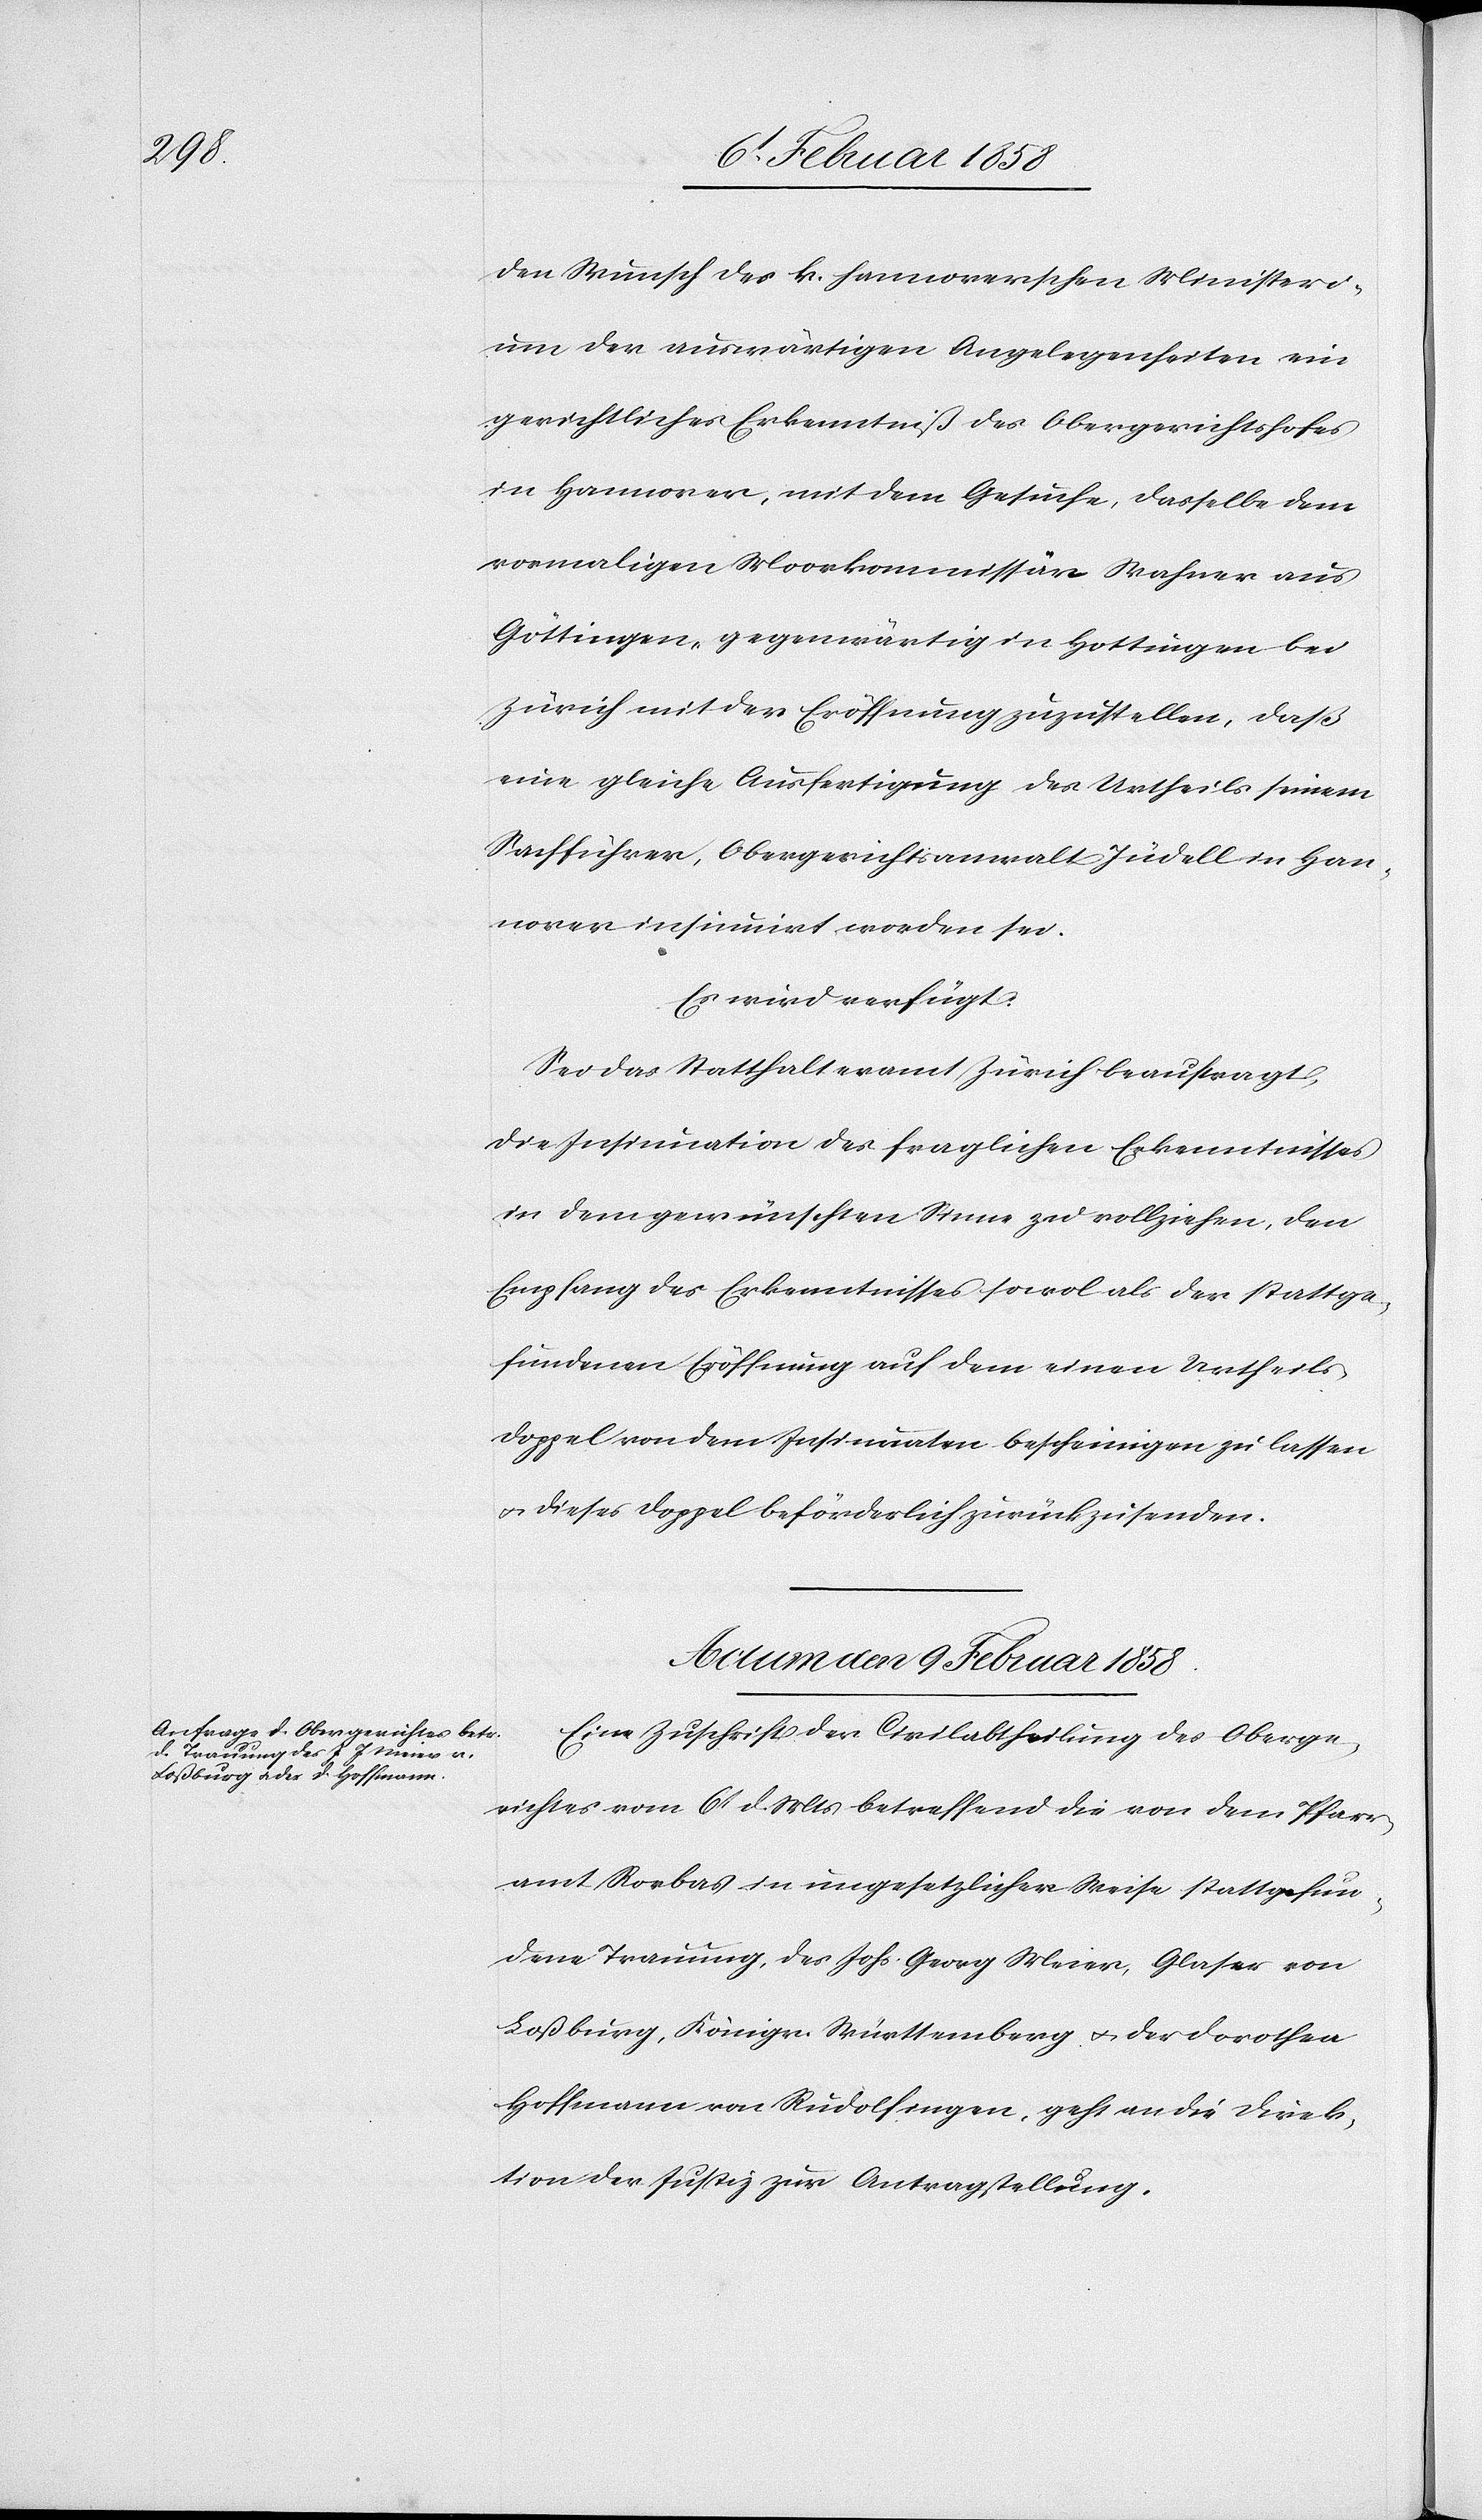
den Wunsch des k. hannoverschen Ministeri¬
um der auswärtigen Angelegenheiten ein
gerichtliches Erkenntniß des Obergerichtshofes
in Hannover, mit dem Gesuche, dasselbe dem
vormaligen Moorkommissär Wahner aus
Göttingen, gegenwärtig in Hottingen bei
Zürich mit der Eröffnung zuzustellen, daß
eine gleiche Ausfertigung des Urtheils seinem
Sachführer, Obergerichtsanwalt Jüdell in Han¬
nover insinuirt worden sei.
Es wird verfügt:
Sei das Statthalteramt Zürich beauftragt,
die Insinuation des fraglichen Erkenntnisses
in dem gewünschten Sinne zu vollziehen, den
Empfang des Erkenntnisses sowol als der stattge¬
fundenen Eröffnung auf dem einen Urtheils¬
doppel von dem Insinuaten bescheinigen zu lassen
u. dieses Doppel beförderlich zurückzusenden.
Actum den 9 Februar 1858.
Eine Zuschrift der Civilabthelung des Oberge¬
richtes vom 6t d. Mts betreffend die von dem Pfarr¬
amt Rorbas in ungesetzlicher Weise stattgefun¬
dene Trauung, des Joh. Georg [sic!] Meier, Glaser von
Loßburg, Königr. Württemberg u. der Dorothea
Hoffmann von Rudolfingen, geht an die Direk¬
tion der Justiz zur Antragstellung.